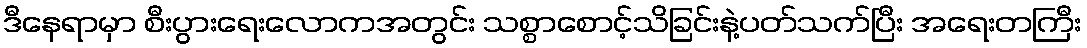
ဒီနေရာမှာ စီးပွားရေးလောကအတွင်း သစ္စာစောင့်သိခြင်းနဲ့ပတ်သက်ပြီး အရေးတကြီး